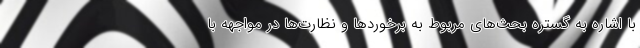
با اشاره به گستره بحث‌های مربوط به برخوردها و نظارت‌ها در مواجهه با